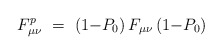
\begin{align*}F^p_{\mu\nu}\ =\ (1{-}P_0)\,F_{\mu\nu}\,(1{-}P_0)\end{align*}